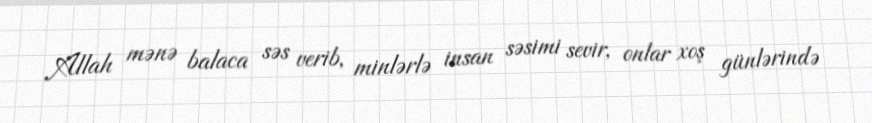
Allah mənə balaca səs verib, minlərlə insan səsimi sevir, onlar xoş günlərində